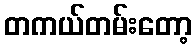
တကယ်တမ်းတော့